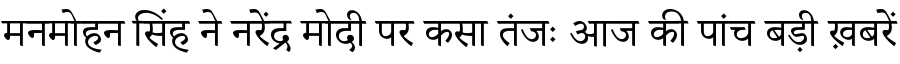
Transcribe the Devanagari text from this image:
मनमोहन सिंह ने नरेंद्र मोदी पर कसा तंजः आज की पांच बड़ी ख़बरें